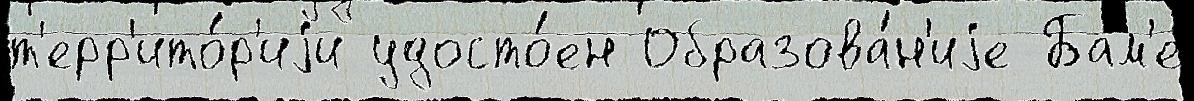
т'ерр'ито́р'иjи удосто́ен Образова́н'иjе Бам'е